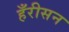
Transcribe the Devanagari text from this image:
हँरीसन